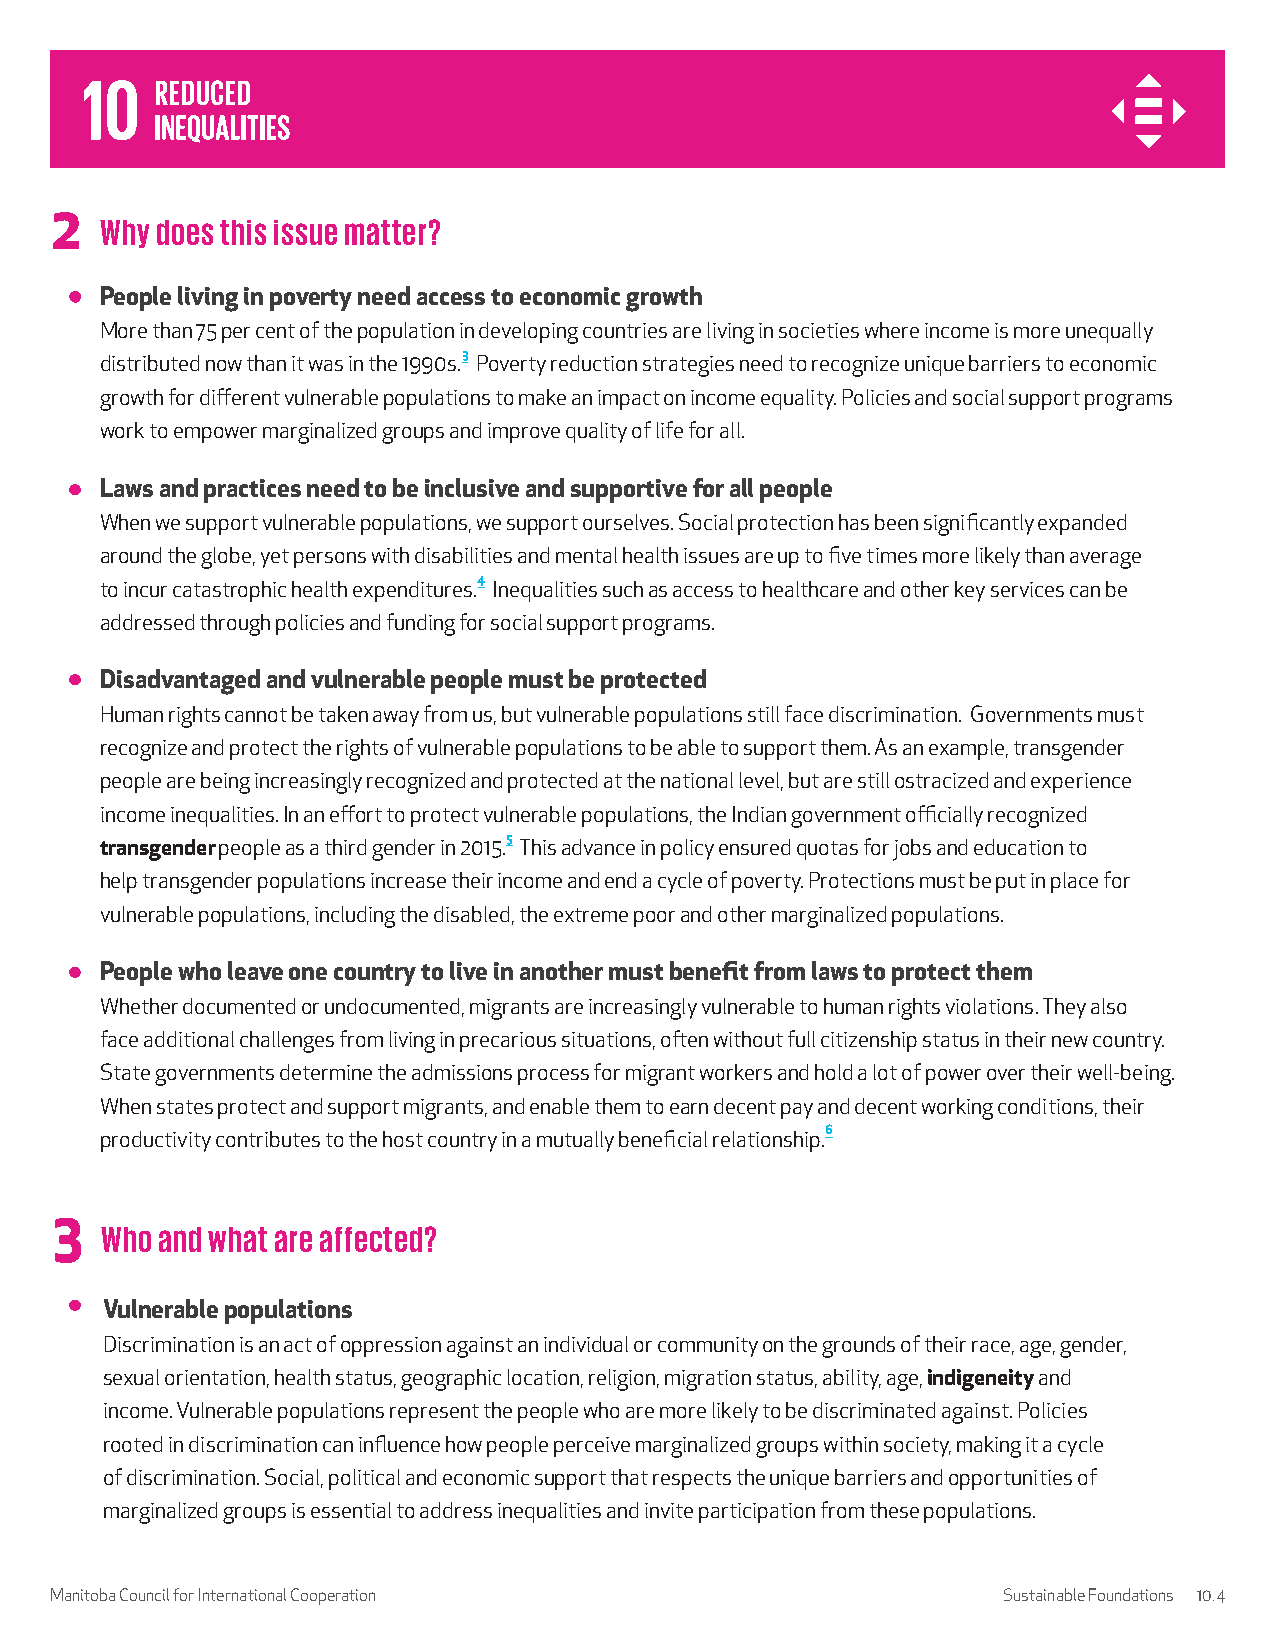
2   Why does this issue matter?
 People living in poverty need access to economic growth
 More than 75 per cent of the population in developing countries are living in societies where income is more unequally
 distributed now than it was in the 1990s.3 Poverty reduction strategies need to recognize unique barriers to economic
 growth for different vulnerable populations to make an impact on income equality. Policies and social support programs
 work to empower marginalized groups and improve quality of life for all.
 Laws and practices need to be inclusive and supportive for all people
 When we support vulnerable populations, we support ourselves. Social protection has been significantly expanded
 around the globe, yet persons with disabilities and mental health issues are up to five times more likely than average
 to incur catastrophic health expenditures.4 Inequalities such as access to healthcare and other key services can be
 addressed through policies and funding for social support programs.
 Disadvantaged and vulnerable people must be protected
 Human rights cannot be taken away from us, but vulnerable populations still face discrimination. Governments must
 recognize and protect the rights of vulnerable populations to be able to support them. As an example, transgender
 people are being increasingly recognized and protected at the national level, but are still ostracized and experience
 income inequalities. In an effort to protect vulnerable populations, the Indian government officially recognized
 transgender people as a third gender in 2015.5 This advance in policy ensured quotas for jobs and education to
 help transgender populations increase their income and end a cycle of poverty. Protections must be put in place for
 vulnerable populations, including the disabled, the extreme poor and other marginalized populations.
 People who leave one country to live in another must benefit from laws to protect them
 Whether documented or undocumented, migrants are increasingly vulnerable to human rights violations. They also
 face additional challenges from living in precarious situations, often without full citizenship status in their new country.
 State governments determine the admissions process for migrant workers and hold a lot of power over their well-being.
 When states protect and support migrants, and enable them to earn decent pay and decent working conditions, their
 productivity contributes to the host country in a mutually beneficial relationship.6
 3
 Who and what are affected?
 Vulnerable populations
 Discrimination is an act of oppression against an individual or community on the grounds of their race, age, gender,
 sexual orientation, health status, geographic location, religion, migration status, ability, age, indigeneity and
 income. Vulnerable populations represent the people who are more likely to be discriminated against. Policies
 rooted in discrimination can influence how people perceive marginalized groups within society, making it a cycle
 of discrimination. Social, political and economic support that respects the unique barriers and opportunities of
 marginalized groups is essential to address inequalities and invite participation from these populations.
 Manitoba Council for International Cooperation                 Sustainable Foundations 10.4